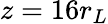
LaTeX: z=16r_{L}